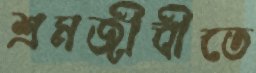
শ্রমজীবীতে